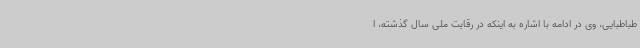
طباطبایی، وی در ادامه با اشاره به اینکه در رقابت ملی سال گذشته، ا